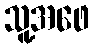
သူ့အဖေ